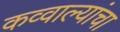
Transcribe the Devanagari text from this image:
कव्वाल्यांचा